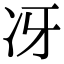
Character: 冴